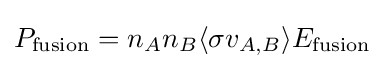
P_{\text{fusion}}=n_{A}n_{B}\langle \sigma v_{A,B}\rangle E_{\text{fusion}}